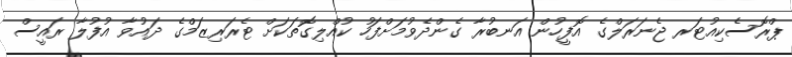
ޕްރޮސެކިއުޓަރ ޖެނަރަލްގެ އޮފީހުން އަނބުރާ ގެންދެވުމަށްފަހު ކުއްލިގޮތަކަށް ޓެރަރިޒަމްގެ ދައުވާ އުފުލާ ރައީސް